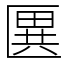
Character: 㔴